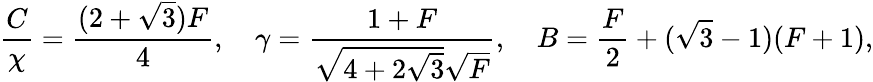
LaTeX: \frac{C}{\chi}=\frac{(2+\sqrt{3})F}{4},\quad\gamma=\frac{1+F}{\sqrt{4+2\sqrt{3}}\sqrt{F}},\quad B=\frac{F}{2}+(\sqrt{3}-1)(F+1),